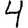
Digit: 4